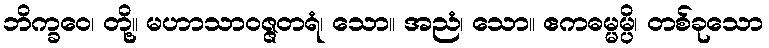
ဘိက္ခဝေ၊ တို့။ မဟာသာဝဇ္ဇတရံ၊ သော။ အညံ၊ သော။ ဧကဓမ္မမ္ပိ၊ တစ်ခုသော